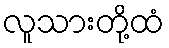
လူသားတို့ထံ